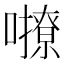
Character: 𡃔